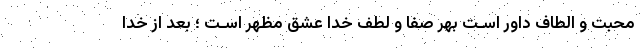
محبت و الطاف داور اسـت بهر صفا و لطف خدا عشق مظهر اسـت ؛ بعد از خدا